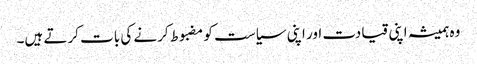
وہ ہمیشہ اپنی قیادت اور اپنی سیاست کو مضبوط کرنے کی بات کرتے ہیں۔